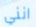
انني